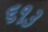
૬૧૩